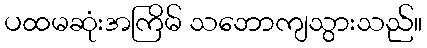
ပထမဆုံးအကြိမ် သဘောကျသွားသည်။